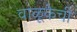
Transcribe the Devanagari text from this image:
वाळूकेची